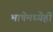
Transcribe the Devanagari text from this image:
भाषेमध्येही